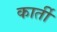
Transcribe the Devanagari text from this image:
कार्ती